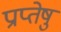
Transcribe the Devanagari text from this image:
प्राप्तेषु